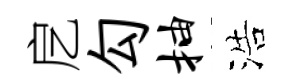
戹勾抽浩